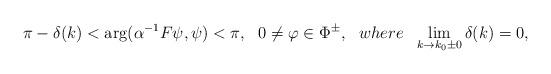
LaTeX: \begin{align*}\pi-\delta(k)<{\rm arg}(\alpha^{-1}F\psi,\psi)<\pi,~~0\neq\varphi\in \Phi^\pm,~~ where~~\lim_{k\to k_0\pm 0}\delta(k)=0,\end{align*}